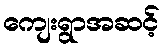
ကျေးရွာအဆင့်